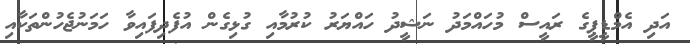
އަދި އެމްޑީޕީގެ ރައީސް މުހައްމަދު ނަޝީދު ހައްޔަރު ކުރުމާއި ގުޅިގެން އުފެދިފައިވާ ހަމަނުޖެހުންތަކާއި